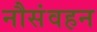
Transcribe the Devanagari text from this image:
नौसंवहन